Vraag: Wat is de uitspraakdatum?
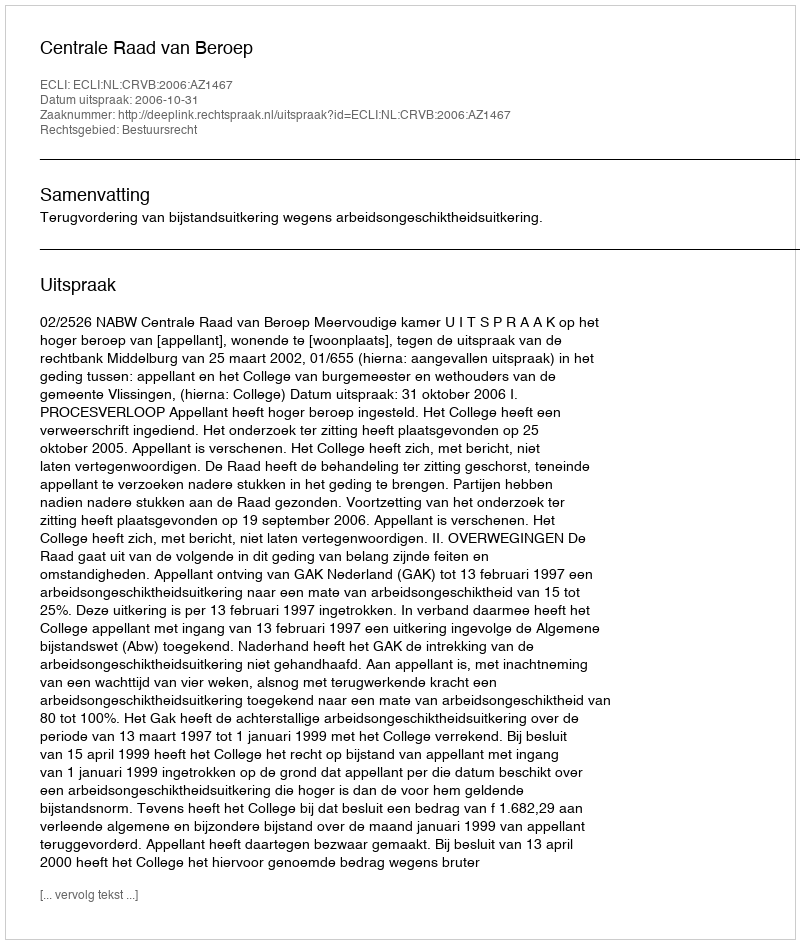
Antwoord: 2006-10-31